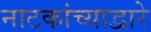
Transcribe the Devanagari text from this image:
नाटकांच्याद्वारे